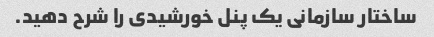
ساختار سازمانی یک پنل خورشیدی را شرح دهید.